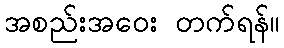
အစည်းအဝေး တက်ရန်။